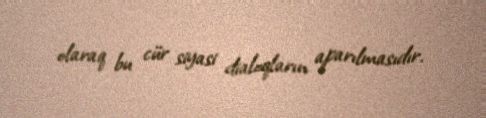
olaraq bu cür siyasi dialoqların aparılmasıdır.